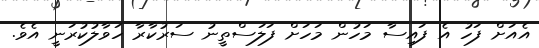
އެއަށް ފަހު އެ ފައިސާ މަހުން މަހަށް ފަލަސްތީނު ސަރުކާރާ ހަވާލުކުރަނީ އެވެ.